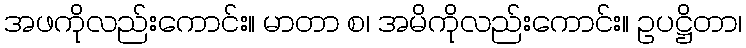
အဖကိုလည်းကောင်း။ မာတာ စ၊ အမိကိုလည်းကောင်း။ ဥပဋ္ဌိတာ၊